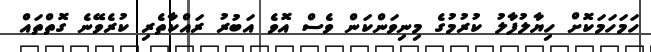
ހަމަހަމަކޮށް ހިޔާލުފާލު ކުރުމުގެ މިނިވަންކަން ވެސް އޮވެ އަބުރު ރައްކާތެރި ކުރެވޭނެ ގޮތްތައް